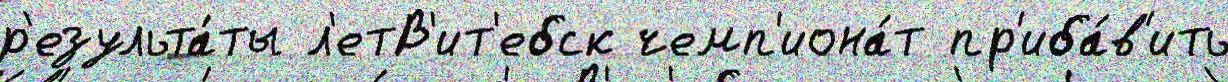
р'езульта́ты л'етВ'ит'ебск чемп'иона́т пр'иба́в'ить